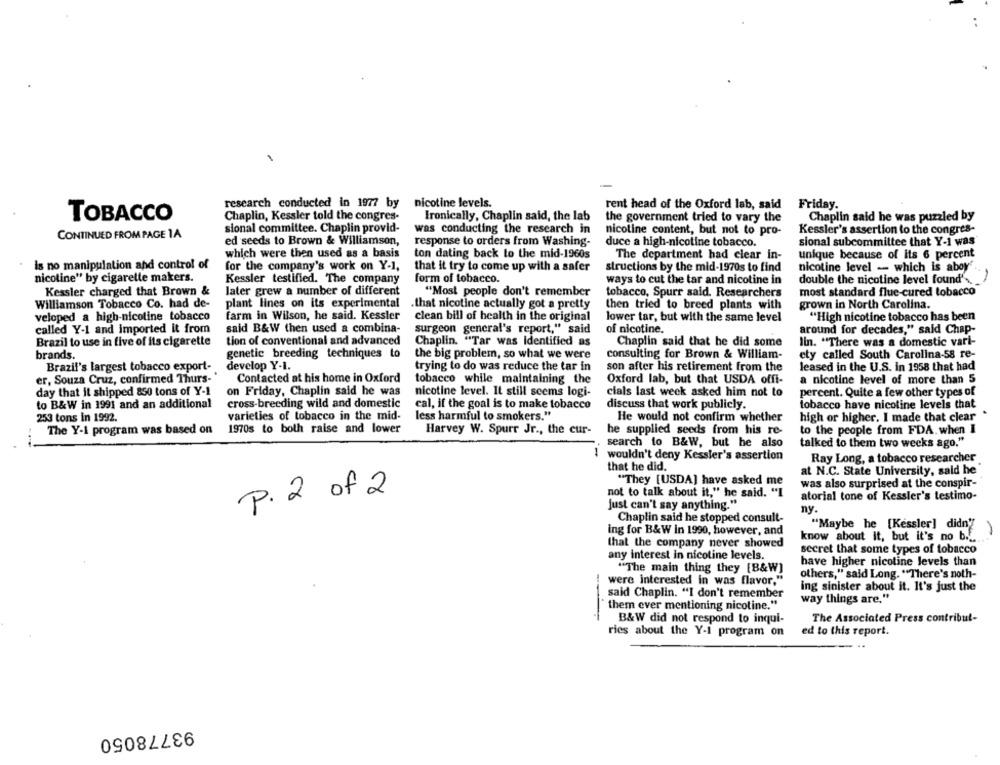
research conducted in 1977 by nicotine levels.
rent head of the Oxford lab, said
Friday.
TOBACCO
Chaplin, Kessler told the congres-
Ironically, Chaplin said, the lab
the government tried to vary the
Chaplin said he was puzzled by
sional committee. Chaplin provid-
was conducting the research in
Kessler's assertion to the congres-
CONTINUED FROM PAGE 1A
nicotine content, but not to pro-
ed seeds to Brown & Williamson,
response to orders from Washing-
duce a high-nicotine tobacco.
sional subcommittee that Y-1 was
which were then used as a basis
ton dating back to the mid-1960s
The department had clear in-
unique because of its 6 percent
is no manipulation and control of
for the company's work on Y-1,
that it try to come up with a safer
structions by the mid-1970s to find
nicotine level - which is aboy'
nicotine" by cigarette makers.
Kessler testified. The company
form of tobacco.
ways to cut the tar and nicotine in
double the nicotine level found'
Kessler charged that Brown &
later grew a number of different
"Most people don't remember
tobacco, Spurr said. Researchers
most standard flue-cured tobacco
Williamson Tobacco Co. had de-
plant lines on its experimental
.that nicotine actually got a pretty
then tried to breed plants with
grown in North Carolina.
veloped a high-nicotine tobacco
farm in Wilson, he said. Kessler
clean bill of health in the original
lower tar, but with the same level
"High nicotine tobacco has been
called Y-1 and imported it from
said B&W then used a combina-
surgeon general's report," said
of nicotine.
around for decades," said Chap-
Brazil to use in five of its cigarette
tion of conventional and advanced
Chaplin. "Tar was Identified as
Chaplin said that he did some
Iin. "There was a domestic vari-
brands.
genetic breeding techniques to
the big problem, so what we were
consulting for Brown & William-
ety called South Carolina-58 re-
Brazil's largest tobacco export-
develop Y-1.
trying to do was reduce the tar in
son after his retirement from the
leased in the U.S. in 1958 that had
er, Souza Cruz, confirmed Thurs-'
Contacted at his home in Oxford
tobacco while maintaining the
Oxford lab, but that USDA offi-
a nicotine level of more than 5
day that it shipped 850 tons of Y-1
on Friday, Chaplin said he was
nicotine level. It still seems logi-
cials last week asked him not to
percent. Quite a few other types of
to B&W in 1991 and an additional
cross-breeding wild and domestic
cal, if the goal is to make tobacco
discuss that work publicly.
tobacco have nicotine levels that
253 tons in 1992.
varieties of tobacco in the mid-
less harmful to smokers."
He would not confirm whether
high or higher. I made that clear
The Y-1 program was based on
1970s to both raise and lower
Harvey W. Spurr Jr ., the cur-
he supplied seeds from his re-
to the people from FDA. when I
search to B&W, but he also
talked to them two weeks ago."
wouldn't deny Kessler's assertion
Ray Long, a tobacco researcher
that he did.
at N.C. State University, said he'
"They [USDA] have asked me
was also surprised at the conspir-
P.2 of 2
not to talk about it," he said. "I
atorial tone of Kessler's testimo-
Just can't say anything."
ny.
Chaplin said he stopped consult-
"Maybe he [Kessler] didn'
ing for B&W in 1990, however, and
that the company never showed
know about it, but it's no b ._.
secret that some types of tobacco
any interest in nicotine levels.
have higher nicotine levels than
"The main thing they [B&W]
others," said Long. "There's noth-
were interested in was flavor."
ing sinister about it. It's just the
said Chaplin. "I don't remember
way things are."
them ever mentioning nicotine."
B&W did not respond to inqui-
The Associated Press contribut-
ries about the Y-1 program on
ed to this report.
93778050